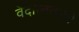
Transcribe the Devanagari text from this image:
वेदान्तकरते